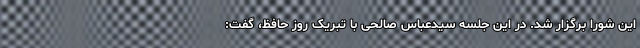
این شورا برگزار شد. در این جلسه سیدعباس صالحی با تبریک روز حافظ، گفت: